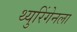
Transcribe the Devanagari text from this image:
थ्युरिंगेनला